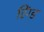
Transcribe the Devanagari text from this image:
रिंग्ड